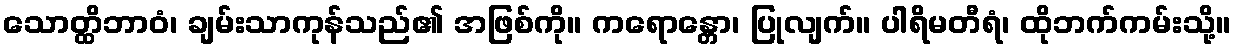
သောတ္ထိဘာဝံ၊ ချမ်းသာကုန်သည်၏ အဖြစ်ကို။ ကရောန္တော၊ ပြုလျက်။ ပါရိမတီရံ၊ ထိုဘက်ကမ်းသို့။